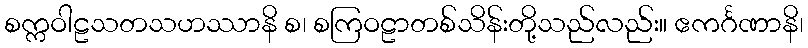
စက္ကဝါဠသတသဟဿာနိ စ၊ စကြဝဠာတစ်သိန်းတို့သည်လည်း။ ဧကင်္ဂဏာနိ၊